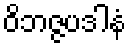
ဝိဘဇ္ဇပဒါနံ